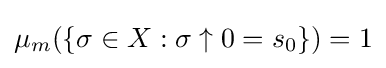
\mu _{m}(\{\sigma \in X:\sigma \uparrow 0=s_{0}\})=1